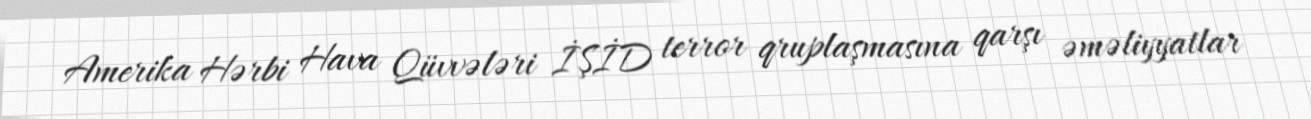
Amerika Hərbi Hava Qüvvələri İŞİD terror qruplaşmasına qarşı əməliyyatlar